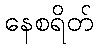
နေစရိတ်